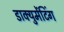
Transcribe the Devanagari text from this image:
डाक्युमेंटिंग